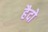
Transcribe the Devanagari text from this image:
हैदो